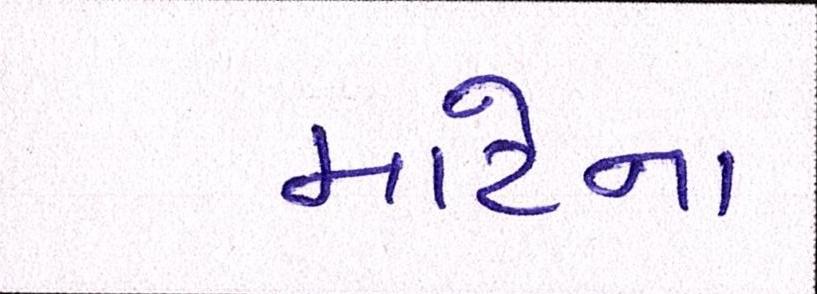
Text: માટેના